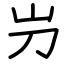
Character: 屶